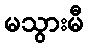
မသွားမီ